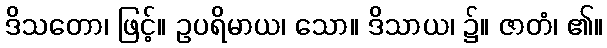
ဒိသတော၊ ဖြင့်။ ဥပရိမာယ၊ သော။ ဒိသာယ၊ ၌။ ဇာတံ၊ ၏။